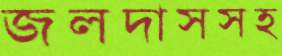
জলদাসসহ